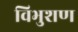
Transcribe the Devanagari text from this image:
विभुशण